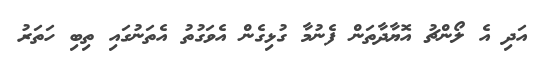
އަދި އެ ލޯންޗު އޮޔާދާތަން ފެނުމާ ގުޅިގެން އެވަގުތު އެތަނުގައި ތިބި ހަތަރު